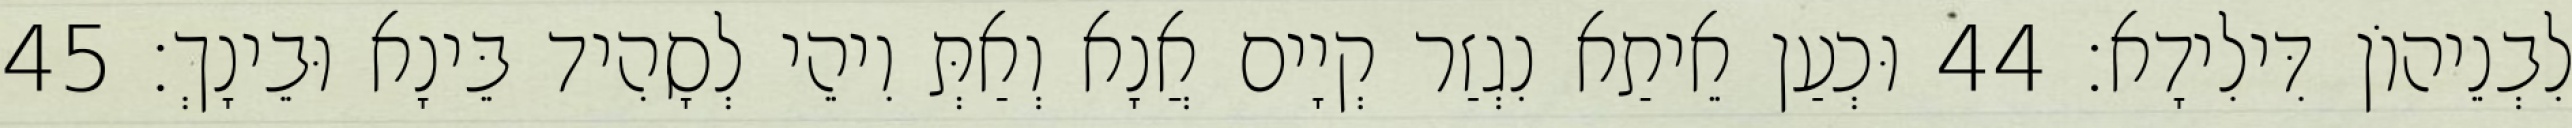
לִבְנֵיהוֹן דִּילִידָא׃ 44 וּכְעַן אֵיתַא נִגְזַר קְיָים אֲנָא וְאַתְּ וִיהֵי לְסָהִיד בֵּינָא וּבֵינָךְ׃ 45